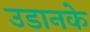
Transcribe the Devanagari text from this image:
उडानके